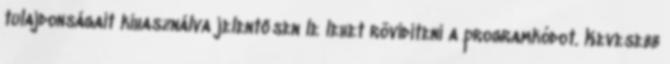
tulajdonságait kihasználva jelentősen le lehet rövidíteni a programkódot. Kevesebb